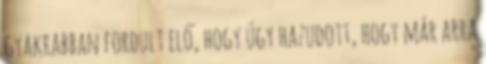
gyak­rab­ban for­dult elő, hogy úgy hazudott, hogy már arra